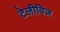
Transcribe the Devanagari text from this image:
टेलीविज़